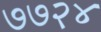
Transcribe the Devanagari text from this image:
७७२४